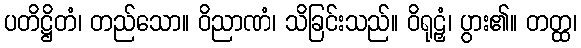
ပတိဋ္ဌိတံ၊ တည်သော။ ဝိညာဏံ၊ သိခြင်းသည်။ ဝိရုဠှံ၊ ပွား၏။ တတ္ထ၊